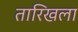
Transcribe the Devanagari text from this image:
तारिखला